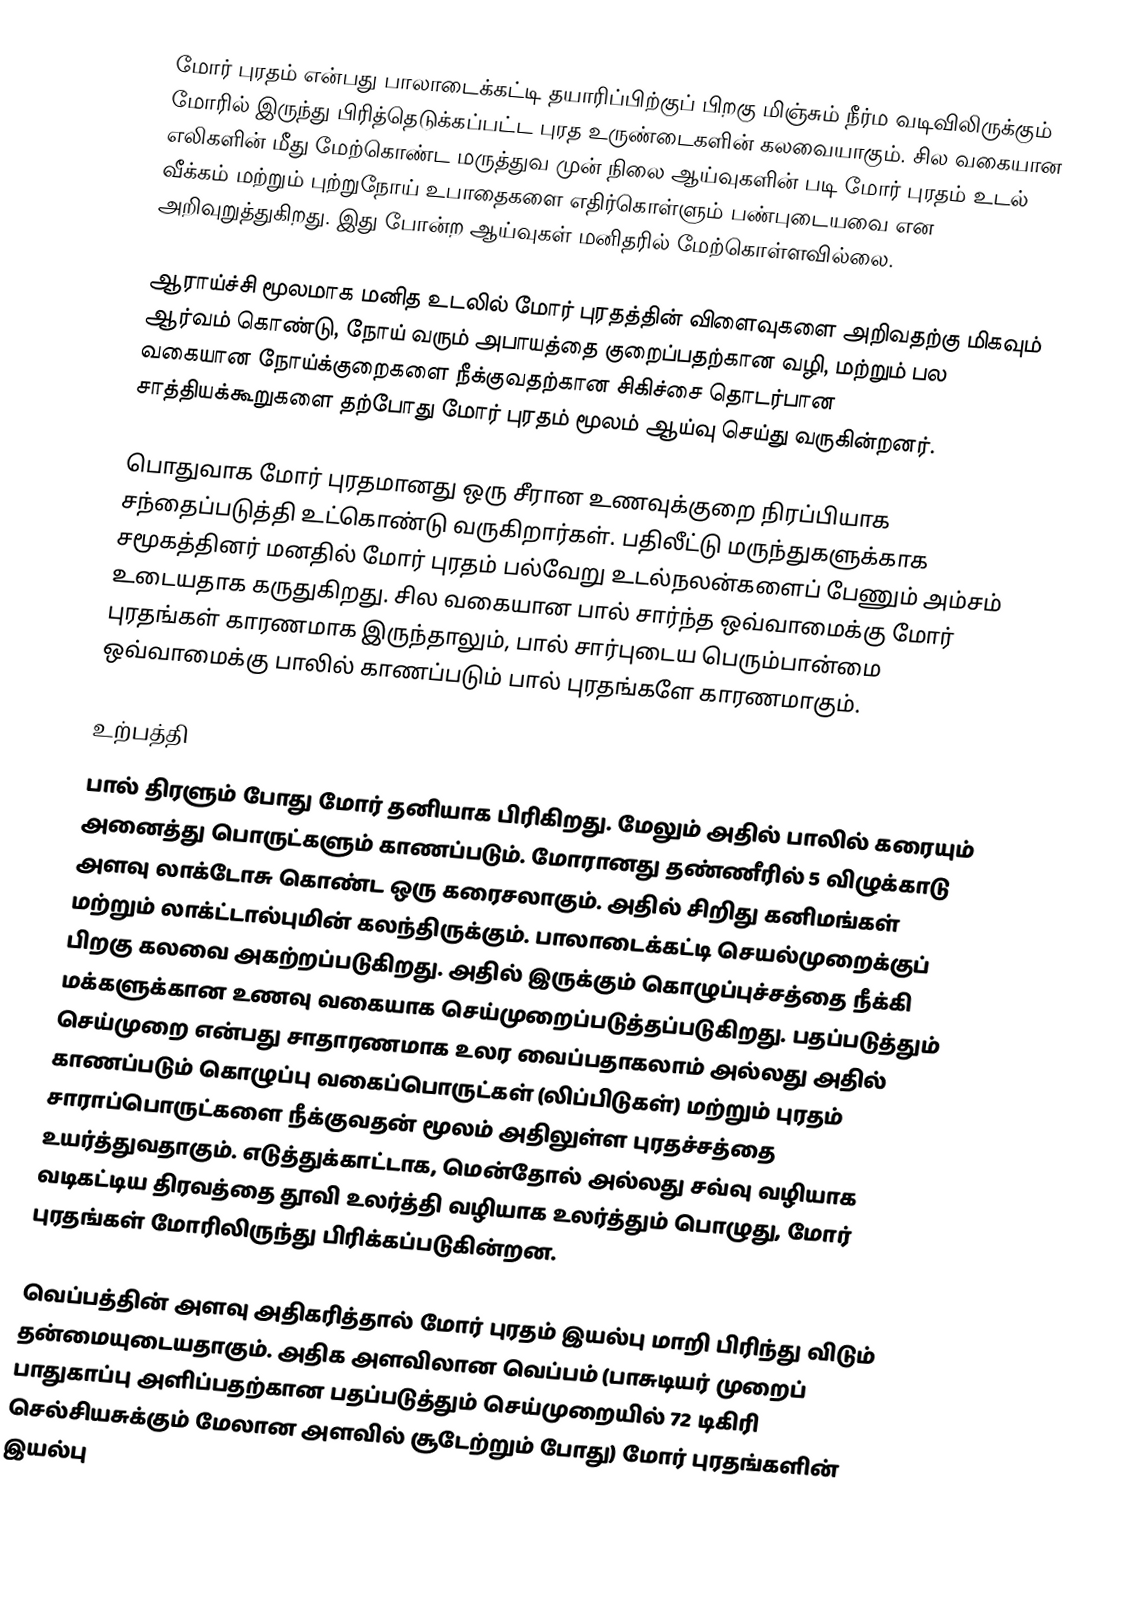
மோர் புரதம்  என்பது பாலாடைக்கட்டி தயாரிப்பிற்குப் பிறகு மிஞ்சும் நீர்ம வடிவிலிருக்கும் மோரில் இருந்து பிரித்தெடுக்கப்பட்ட புரத உருண்டைகளின் கலவையாகும். சில வகையான எலிகளின் மீது மேற்கொண்ட மருத்துவ முன் நிலை ஆய்வுகளின் படி மோர் புரதம் உடல் வீக்கம் மற்றும் புற்றுநோய் உபாதைகளை எதிர்கொள்ளும் பண்புடையவை என அறிவுறுத்துகிறது. இது போன்ற ஆய்வுகள் மனிதரில் மேற்கொள்ளவில்லை.

ஆராய்ச்சி மூலமாக மனித உடலில் மோர் புரதத்தின் விளைவுகளை அறிவதற்கு மிகவும் ஆர்வம் கொண்டு, நோய் வரும் அபாயத்தை குறைப்பதற்கான வழி, மற்றும் பல வகையான நோய்க்குறைகளை நீக்குவதற்கான சிகிச்சை தொடர்பான சாத்தியக்கூறுகளை தற்போது மோர் புரதம் மூலம் ஆய்வு செய்து வருகின்றனர்.

பொதுவாக மோர் புரதமானது ஒரு சீரான உணவுக்குறை நிரப்பியாக சந்தைப்படுத்தி உட்கொண்டு வருகிறார்கள். பதிலீட்டு மருந்துகளுக்காக சமூகத்தினர் மனதில் மோர் புரதம் பல்வேறு உடல்நலன்களைப் பேணும் அம்சம் உடையதாக கருதுகிறது. சில வகையான பால் சார்ந்த ஒவ்வாமைக்கு மோர் புரதங்கள் காரணமாக இருந்தாலும், பால் சார்புடைய பெரும்பான்மை ஒவ்வாமைக்கு பாலில் காணப்படும் பால் புரதங்களே காரணமாகும்.

உற்பத்தி
பால் திரளும் போது மோர் தனியாக பிரிகிறது. மேலும் அதில் பாலில் கரையும் அனைத்து பொருட்களும் காணப்படும். மோரானது தண்ணீரில் 5 விழுக்காடு அளவு லாக்டோசு கொண்ட ஒரு கரைசலாகும். அதில் சிறிது கனிமங்கள் மற்றும் லாக்ட்டால்புமின் கலந்திருக்கும். பாலாடைக்கட்டி செயல்முறைக்குப் பிறகு கலவை அகற்றப்படுகிறது. அதில் இருக்கும் கொழுப்புச்சத்தை நீக்கி மக்களுக்கான உணவு வகையாக செய்முறைப்படுத்தப்படுகிறது. பதப்படுத்தும் செய்முறை என்பது சாதாரணமாக உலர வைப்பதாகலாம் அல்லது அதில் காணப்படும் கொழுப்பு வகைப்பொருட்கள் (லிப்பிடுகள்) மற்றும் புரதம் சாராப்பொருட்களை நீக்குவதன் மூலம் அதிலுள்ள புரதச்சத்தை உயர்த்துவதாகும். எடுத்துக்காட்டாக, மென்தோல் அல்லது சவ்வு வழியாக வடிகட்டிய திரவத்தை தூவி உலர்த்தி வழியாக உலர்த்தும் பொழுது, மோர் புரதங்கள் மோரிலிருந்து பிரிக்கப்படுகின்றன.

வெப்பத்தின் அளவு அதிகரித்தால் மோர் புரதம் இயல்பு மாறி பிரிந்து விடும் தன்மையுடையதாகும். அதிக அளவிலான வெப்பம் (பாசுடியர் முறைப் பாதுகாப்பு அளிப்பதற்கான பதப்படுத்தும் செய்முறையில் 72 டிகிரி செல்சியசுக்கும் மேலான அளவில் சூடேற்றும் போது) மோர் புரதங்களின் இயல்பு